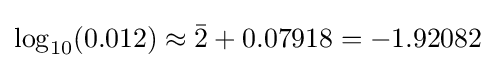
\log _{10}(0.012)\approx {\bar {2}}+0.07918=-1.92082